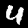
Label: 4